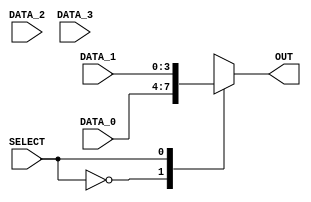
module mux_4_1 #(parameter W = 4)(
  input wire [W-1:0] DATA_0,
  input wire [W-1:0] DATA_1,
  input wire [W-1:0] DATA_2,
  input wire [W-1:0] DATA_3,
  input wire SELECT,
  output reg[W-1:0] OUT
);

always @(*) begin
	case (SELECT)
		2'b00: OUT = DATA_0;
		2'b01: OUT = DATA_1;
		2'b10: OUT = DATA_2;
		2'b11: OUT = DATA_3;
	endcase
end
endmodule